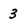
Character: 3